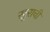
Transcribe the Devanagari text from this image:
खुराची